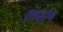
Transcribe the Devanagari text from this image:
एनसोन